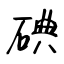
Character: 碘